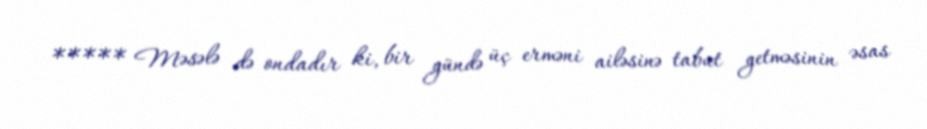
***** Məsələ də ondadır ki, bir gündə üç erməni ailəsinə tabut getməsinin əsas